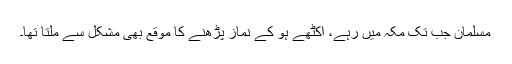
مسلمان جب تک مکہ میں رہے، اکٹھے ہو کے نماز پڑھنے کا موقع بھی مشکل سے ملتا تھا۔